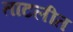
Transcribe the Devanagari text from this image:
ताटलीत